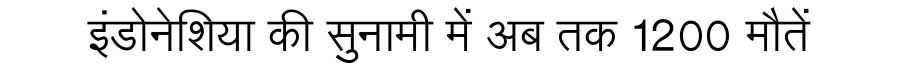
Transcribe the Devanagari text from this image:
इंडोनेशिया की सुनामी में अब तक 1200 मौतें